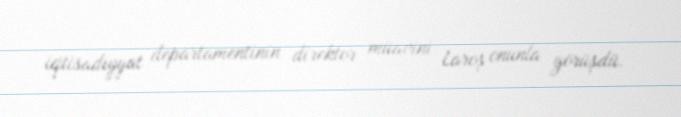
iqtisadiyyat departamentinin direktor müavini Laroş onunla görüşdü.